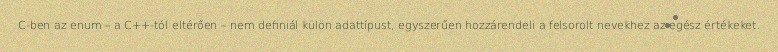
C-ben az enum – a C++-tól eltérően – nem definiál külön adattípust, egyszerűen hozzárendeli a felsorolt nevekhez az egész értékeket.